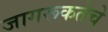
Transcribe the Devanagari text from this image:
जागरूकतेचे